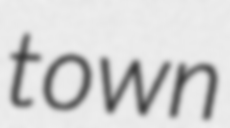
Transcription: town